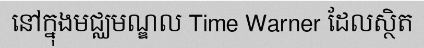
នៅក្នុងមជ្ឈមណ្ឌល Time Warner ដែលស្ថិត